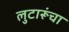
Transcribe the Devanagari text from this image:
लुटारूंचा